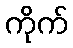
ကိုက်